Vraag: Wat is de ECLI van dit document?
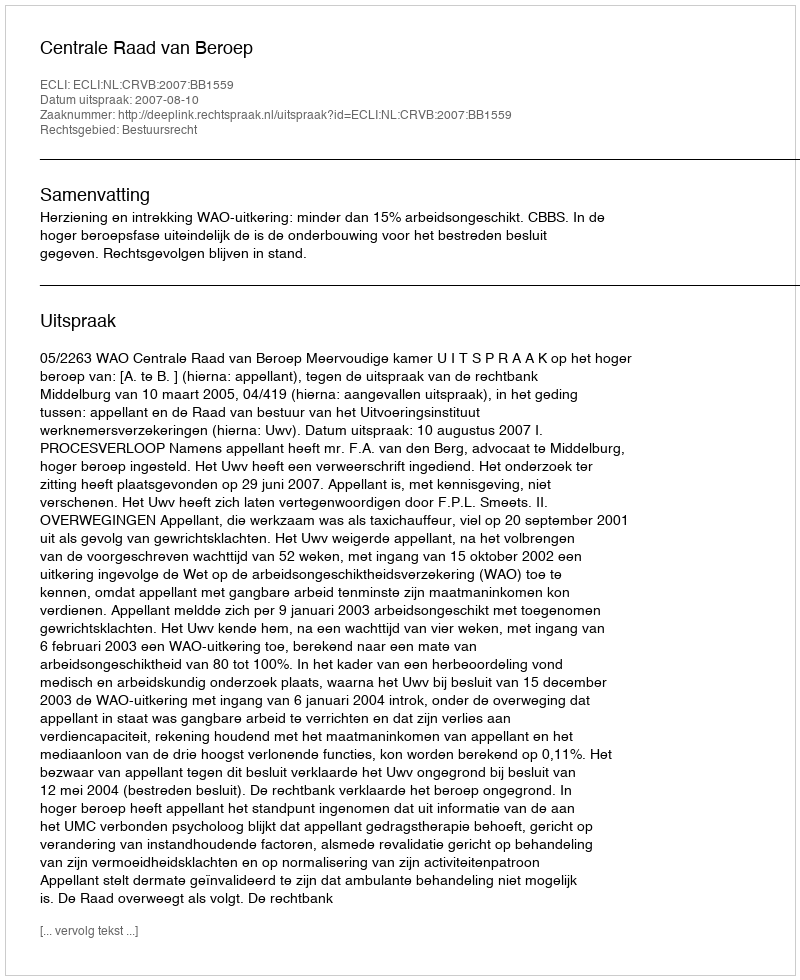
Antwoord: ECLI:NL:CRVB:2007:BB1559